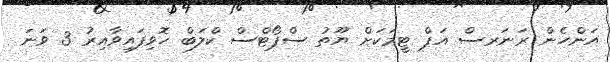
އަންހެން ރަނަރސް އަޕް ޓީމަކަށް ޔޫތު ސްޕޯޓްސް ކްލަބް ހޮވިފައިވާއިރު 3 ވަނަ